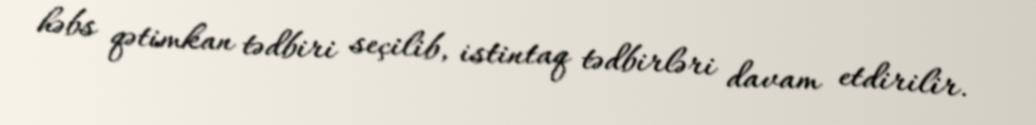
həbs qətimkan tədbiri seçilib, istintaq tədbirləri davam etdirilir.